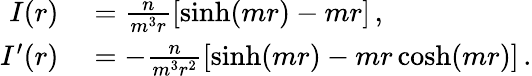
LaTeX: \begin{array}{rl}{I(r)}&{{}=\frac n{m^{3}r}\left[\sinh(mr)-mr\right]\, ,}\\ {I^{\prime}(r)}&{{}=-\frac n{m^{3}r^{2}}\left[\sinh(mr)-mr\cosh(mr)\right]\, .}\end{array}